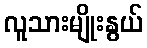
လူသားမျိုးနွယ်